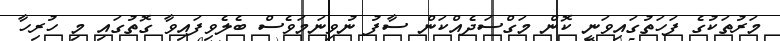
މަރުތަކުގެ ފަހަތުގައިވަނީ ކޮން މަގްސަދެއްކަން ސާފު ނުވިނަމަވެސް ބެލެވިފައިވާ ގޮތުގައި މި ހުރިހާ